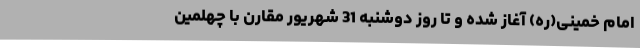
امام خمینی(ره) آغاز شده و تا روز دوشنبه 31 شهریور مقارن با چهلمین